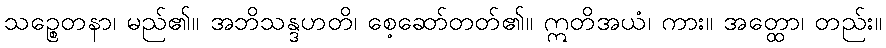
သဉ္စေတနာ၊ မည်၏။ အဘိသန္ဒဟတိ၊ စေ့ဆော်တတ်၏။ ဣတိအယံ၊ ကား။ အတ္ထော၊ တည်း။